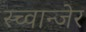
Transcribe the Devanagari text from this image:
स्च्वान्जेर